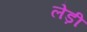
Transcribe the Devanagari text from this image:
लेड़ी